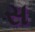
સ